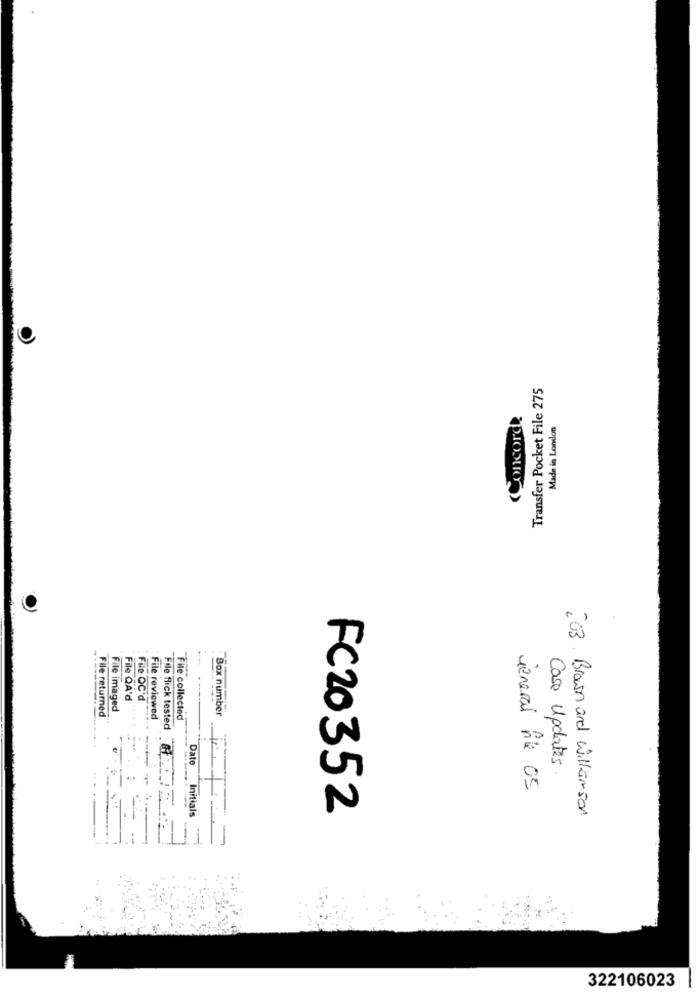
Transfer Pocket File 275
(Concorde
Made in London
File QA'd
File QC'd
File returned
File imaged
Box number
File reviewed
File collected
File flick tested
Date
Case Updates
general nie 05
Initials
FC20352
203. Brown and Williamson
322106023